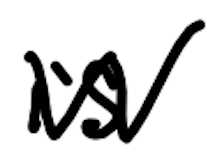
Text: is
Cross-out: zig-zag
Writing tool: digital_black